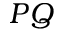
P Q